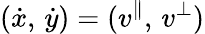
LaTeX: (\dot{x},\, \dot{y})=(v^{\| },\, v^{\perp})